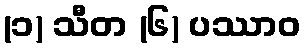
(၁) သီတ (၆) ပဿာဝ